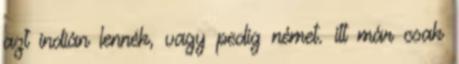
azt indián lennék, vagy pedig német. itt már csak